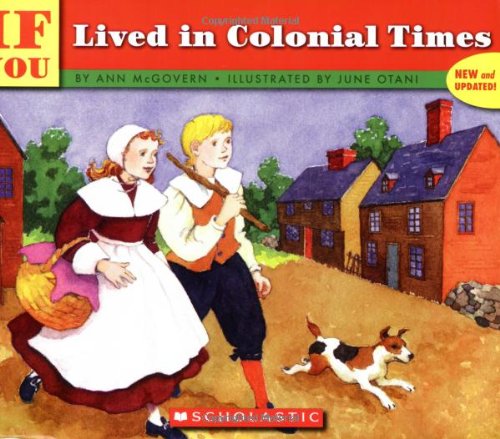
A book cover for If You Lived In Colonial Times; Ann Mcgovern; Children's Books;